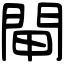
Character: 閘